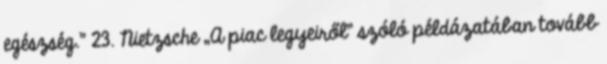
egészség.” 23. Nietzsche „A piac legyeiről” szóló példázatában tovább